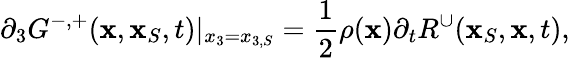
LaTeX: \partial_{3}G^{-,+}({\mathbf x},{\mathbf x}_{S},t)|_{x_{3}=x_{3,S}}=\frac{1}{2}\rho({\mathbf x}){\partial_{t}}R^{\cup}({\mathbf x}_{S},{\mathbf x},t),